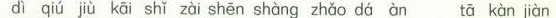
dì qiú jiù kāi shī zài shēn shàng zhǎo dá àn tā kàn jiàn